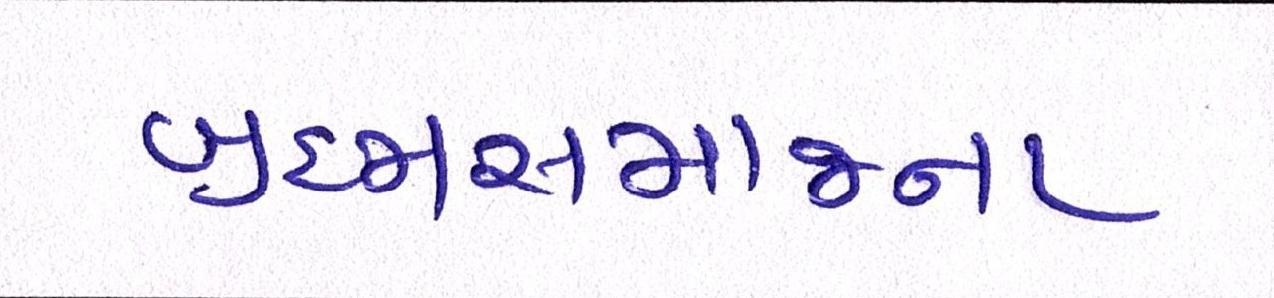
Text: બ્રહ્મસમાજના